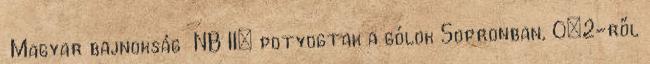
Magyar bajnokság NB II: potyogtak a gólok Sopronban, 0–2-ről